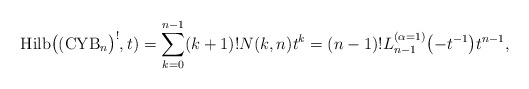
\begin{gather*}{\rm Hilb}\big(({\rm CYB}_n\big)^{!},t)=\sum_{k=0}^{n-1}(k+1)! N(k,n) t^k=(n-1)! L_{n-1}^{(\alpha=1)}\big({-}t^{-1}\big) t^{n-1},\end{gather*}